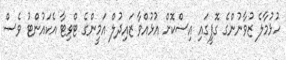
ހުޅުމާލެ ޒުވާނުންގެ ގޮފީގައި އިސްކޮށް އުޅުއްވާ ޒައިދުލް އަމީންގެ ޓްވިޓާ އެކައުންޓު ވެސް